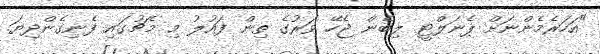
"އަހަރެމެންނަށް ޕެނަލްޓީ ލިބެން ޖެހޭ ވަރުގެ ތިން ފައުލު މި މެޗުގައި ފެނިގެންދިޔަ.